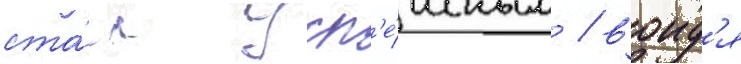
ста́л усп'е́шным / воид'я